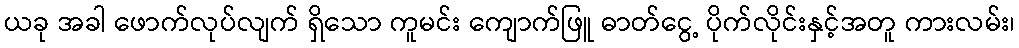
ယခု အခါ ဖောက်လုပ်လျက် ရှိသော ကူမင်း ကျောက်ဖြူ ဓာတ်ငွေ့ ပိုက်လိုင်းနှင့်အတူ ကားလမ်း၊